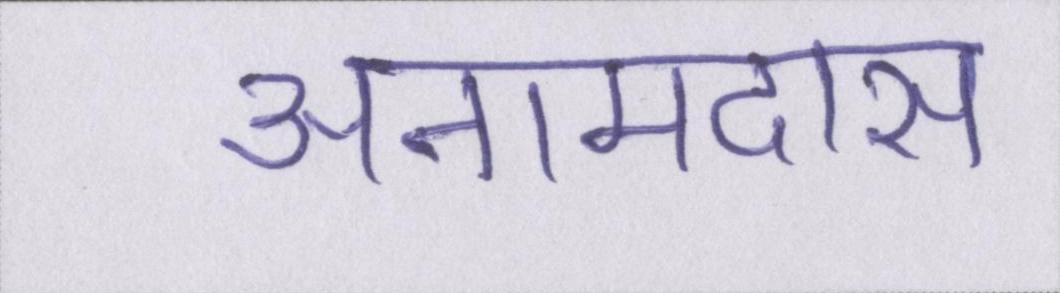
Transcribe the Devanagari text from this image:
अनामदास